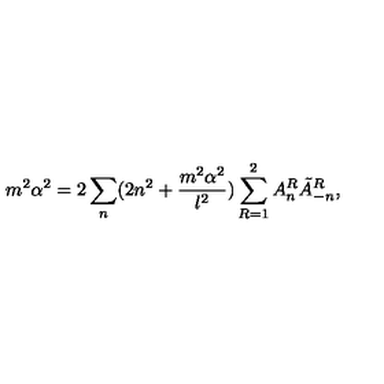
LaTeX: m ^ { 2 } \alpha ^ { 2 } = 2 \sum _ { n } ( 2 n ^ { 2 } + \frac { m ^ { 2 } \alpha ^ { 2 } } { l ^ { 2 } } ) \sum _ { R = 1 } ^ { 2 } A _ { n } ^ { R } \tilde { A } _ { - n } ^ { R } ,